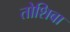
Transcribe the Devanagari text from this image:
तोशिबा